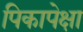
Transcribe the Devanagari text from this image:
पिकापेक्षा